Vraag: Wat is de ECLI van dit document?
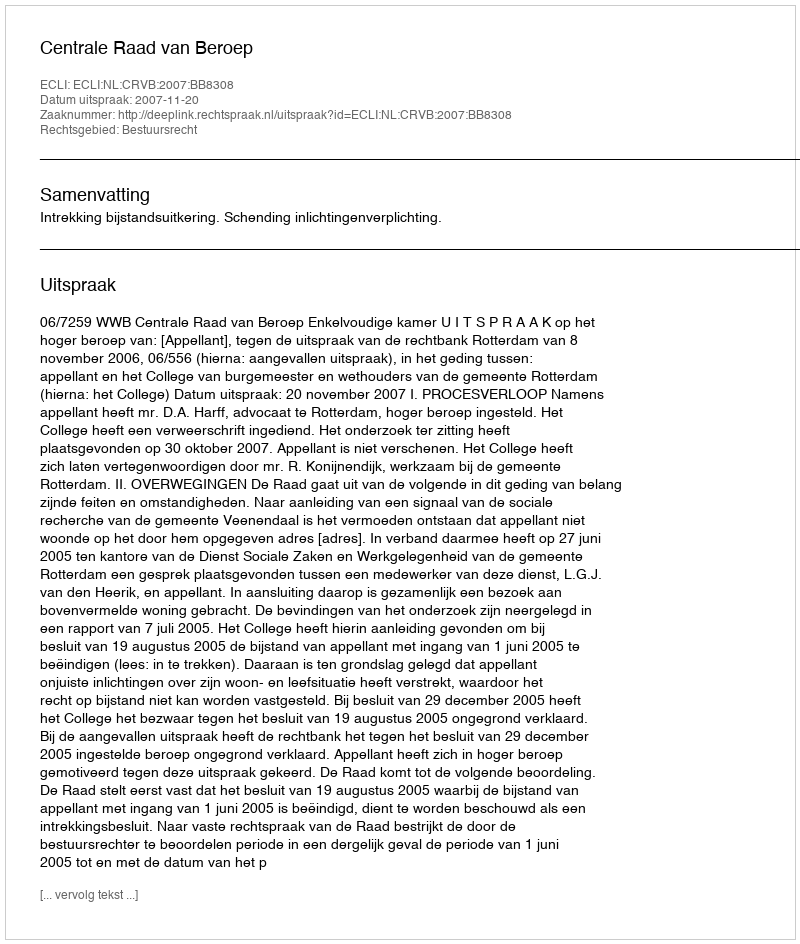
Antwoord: ECLI:NL:CRVB:2007:BB8308